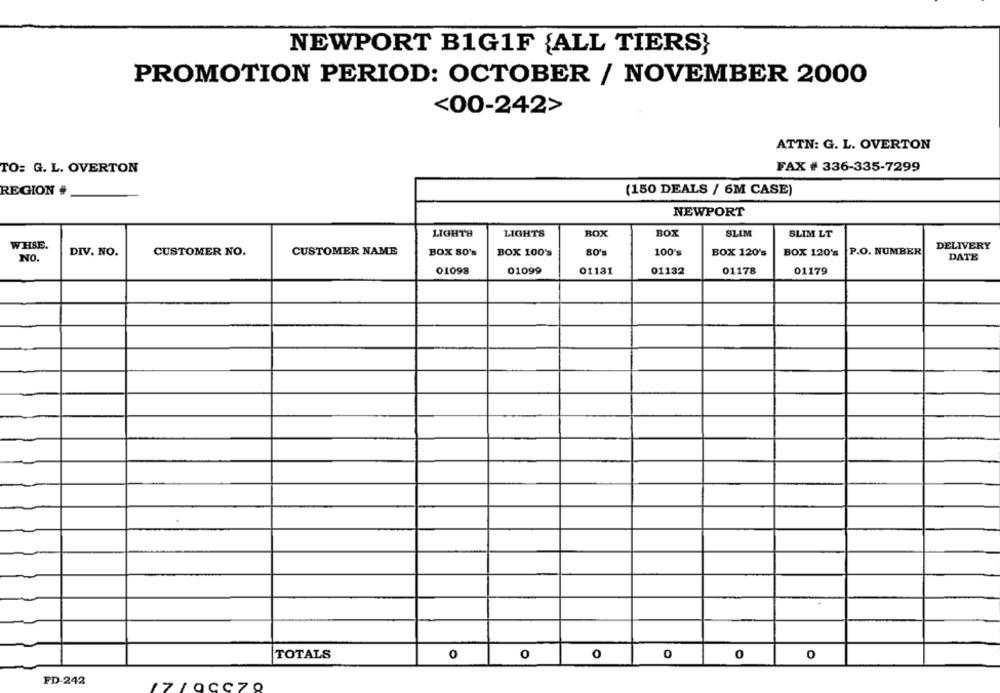
NEWPORT B1G1F {ALL TIERS}
PROMOTION PERIOD: OCTOBER / NOVEMBER 2000
<00-242>
ATTN: G. L. OVERTON
TO: G. L. OVERTON
FAX # 336-335-7299
REGION #
(150 DEALS / 6M CASE)
NEWPORT
LIGHTS
LIGHTS
BOX
BOX
SLIM
SLIM LT
WHSE.
BOX 120's P.O. NUMBER
DELIVERY
DIV. NO.
CUSTOMER NO.
CUSTOMER NAME
BOX 80's
BOX 100's
100's
BOX 120's
DATE
NO.
01132
01178
01179
01098
01099
01131
TOTALS
O
0
0
0
0
0
FD-242
17/0CC70